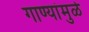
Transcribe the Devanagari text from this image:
गाण्यांमुळे